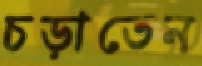
চড়াতেন